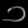
Digit: ၁